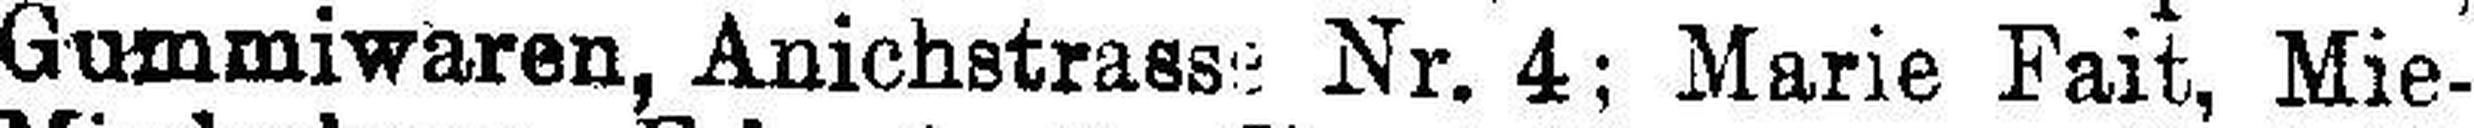
Gummiwaren, Anichstrasse Nr. 4; Marie Fait, Mie-